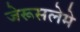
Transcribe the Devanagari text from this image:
जेरूसलेमे